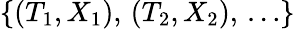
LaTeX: \{ (T_{1},X_{1}),\, (T_{2},X_{2}),\, \ldots\}